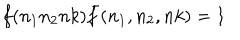
f ( n _ { 1 } n _ { 2 } n k ) { \bar { f } } ( n _ { 1 } , n _ { 2 } , n k ) = 1